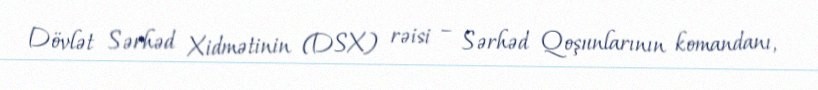
Dövlət Sərhəd Xidmətinin (DSX) rəisi – Sərhəd Qoşunlarının komandanı,